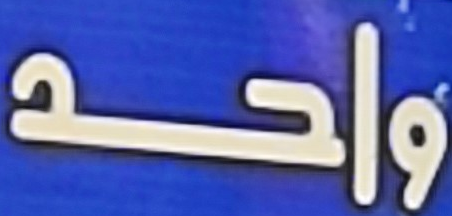
واحد